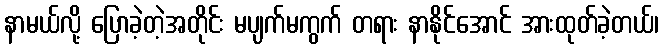
နာမယ်လို့ ပြောခဲ့တဲ့အတိုင်း မပျက်မကွက် တရား နာနိုင်အောင် အားထုတ်ခဲ့တယ်၊